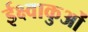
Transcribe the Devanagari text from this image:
ईक्ष्वाकुओं